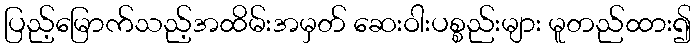
ပြည့်မြောက်သည့်အထိမ်းအမှတ် ဆေးဝါးပစ္စည်းများ မူတည်ထား၍